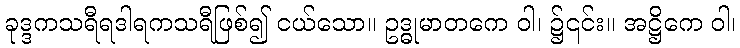
ခုဒ္ဒကသရီရဒါရကသရီဖြစ်၍ ငယ်သော။ ဥဒ္ဓုမာတကေ ဝါ၊ ၌၎င်း။ အဋ္ဌိကေ ဝါ၊